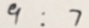
9 : 7